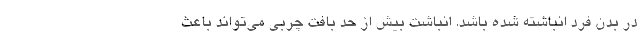
در بدن فرد انباشته شده باشد. انباشت بیش از حد بافت چربی می‌تواند باعث